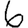
Digit: 6